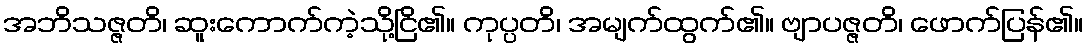
အဘိသဇ္ဇတိ၊ ဆူးကောက်ကဲ့သို့ငြိ၏။ ကုပ္ပတိ၊ အမျက်ထွက်၏။ ဗျာပဇ္ဇတိ၊ ဖောက်ပြန်၏။